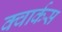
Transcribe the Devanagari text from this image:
क्वार्कस